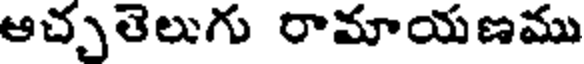
ఆచ్చతెలుగు రామాయణము